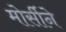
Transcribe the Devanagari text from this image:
मोर्सीने